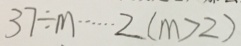
3 7 \div m \cdots 2 ( m > 2 )